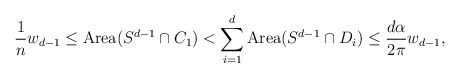
\begin{align*} \frac1n w_{d-1} \le \operatorname{Area}(S^{d-1} \cap C_1) < \sum_{i=1}^d \operatorname{Area} (S^{d-1}\cap D_i) \le \frac{d\alpha}{2\pi}w_{d-1}, \end{align*}